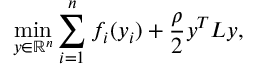
\operatorname* { m i n } _ { y \in \mathbb { R } ^ { n } } \sum _ { i = 1 } ^ { n } f _ { i } ( y _ { i } ) + \frac { \rho } { 2 } y ^ { T } L y ,